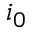
i _ { 0 }